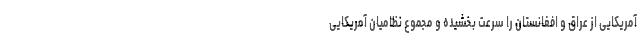
آمریکایی از عراق و افغانستان را سرعت بخشیده و مجموع نظامیان آمریکایی